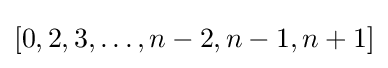
[0,2,3,\ldots ,n-2,n-1,n+1]